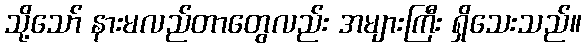
သို့သော် နားမလည်တာတွေလည်း အများကြီး ရှိသေးသည်။